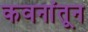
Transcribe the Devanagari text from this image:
कवनांतून